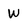
Character: W